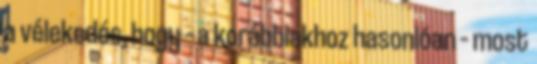
a vélekedés, hogy – a korábbiakhoz hasonlóan – most